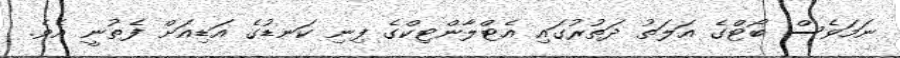
ނަމަވެސް ބޯޓްގެ އަލަތު ދަތުރުގައި އެޓްލާންޓިކްގެ ފިނި ކަނޑުގެ އަޑިއަށް ފެތުނީ އެވެ.